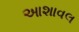
આશાવલ